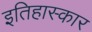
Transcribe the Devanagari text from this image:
इतिहास्कार